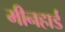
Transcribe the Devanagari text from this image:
मीनहार्ड